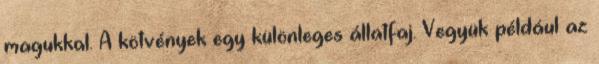
magukkal. A kötvények egy különleges állatfaj. Vegyük például az